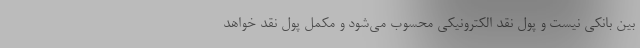
بین بانکی نیست و پول نقد الکترونیکی محسوب می‌شود و مکمل پول نقد خواهد